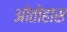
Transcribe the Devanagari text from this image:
ओतोहास